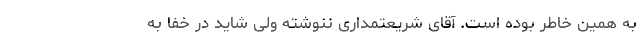
به همین خاطر بوده است. آقای شریعتمداری ننوشته ولی شاید در خفا به